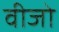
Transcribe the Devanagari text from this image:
वीजो